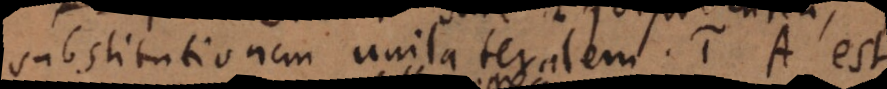
substitutionem unilateralem. 1) A est